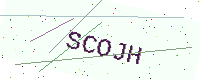
Text: SCOJH